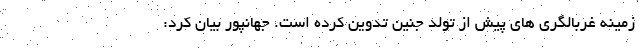
زمینه غربالگری های پیش از تولد جنین تدوین کرده است. جهانپور بیان کرد: